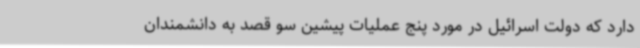
دارد که دولت اسرائیل در مورد پنج عملیات پیشین سو قصد به دانشمندان